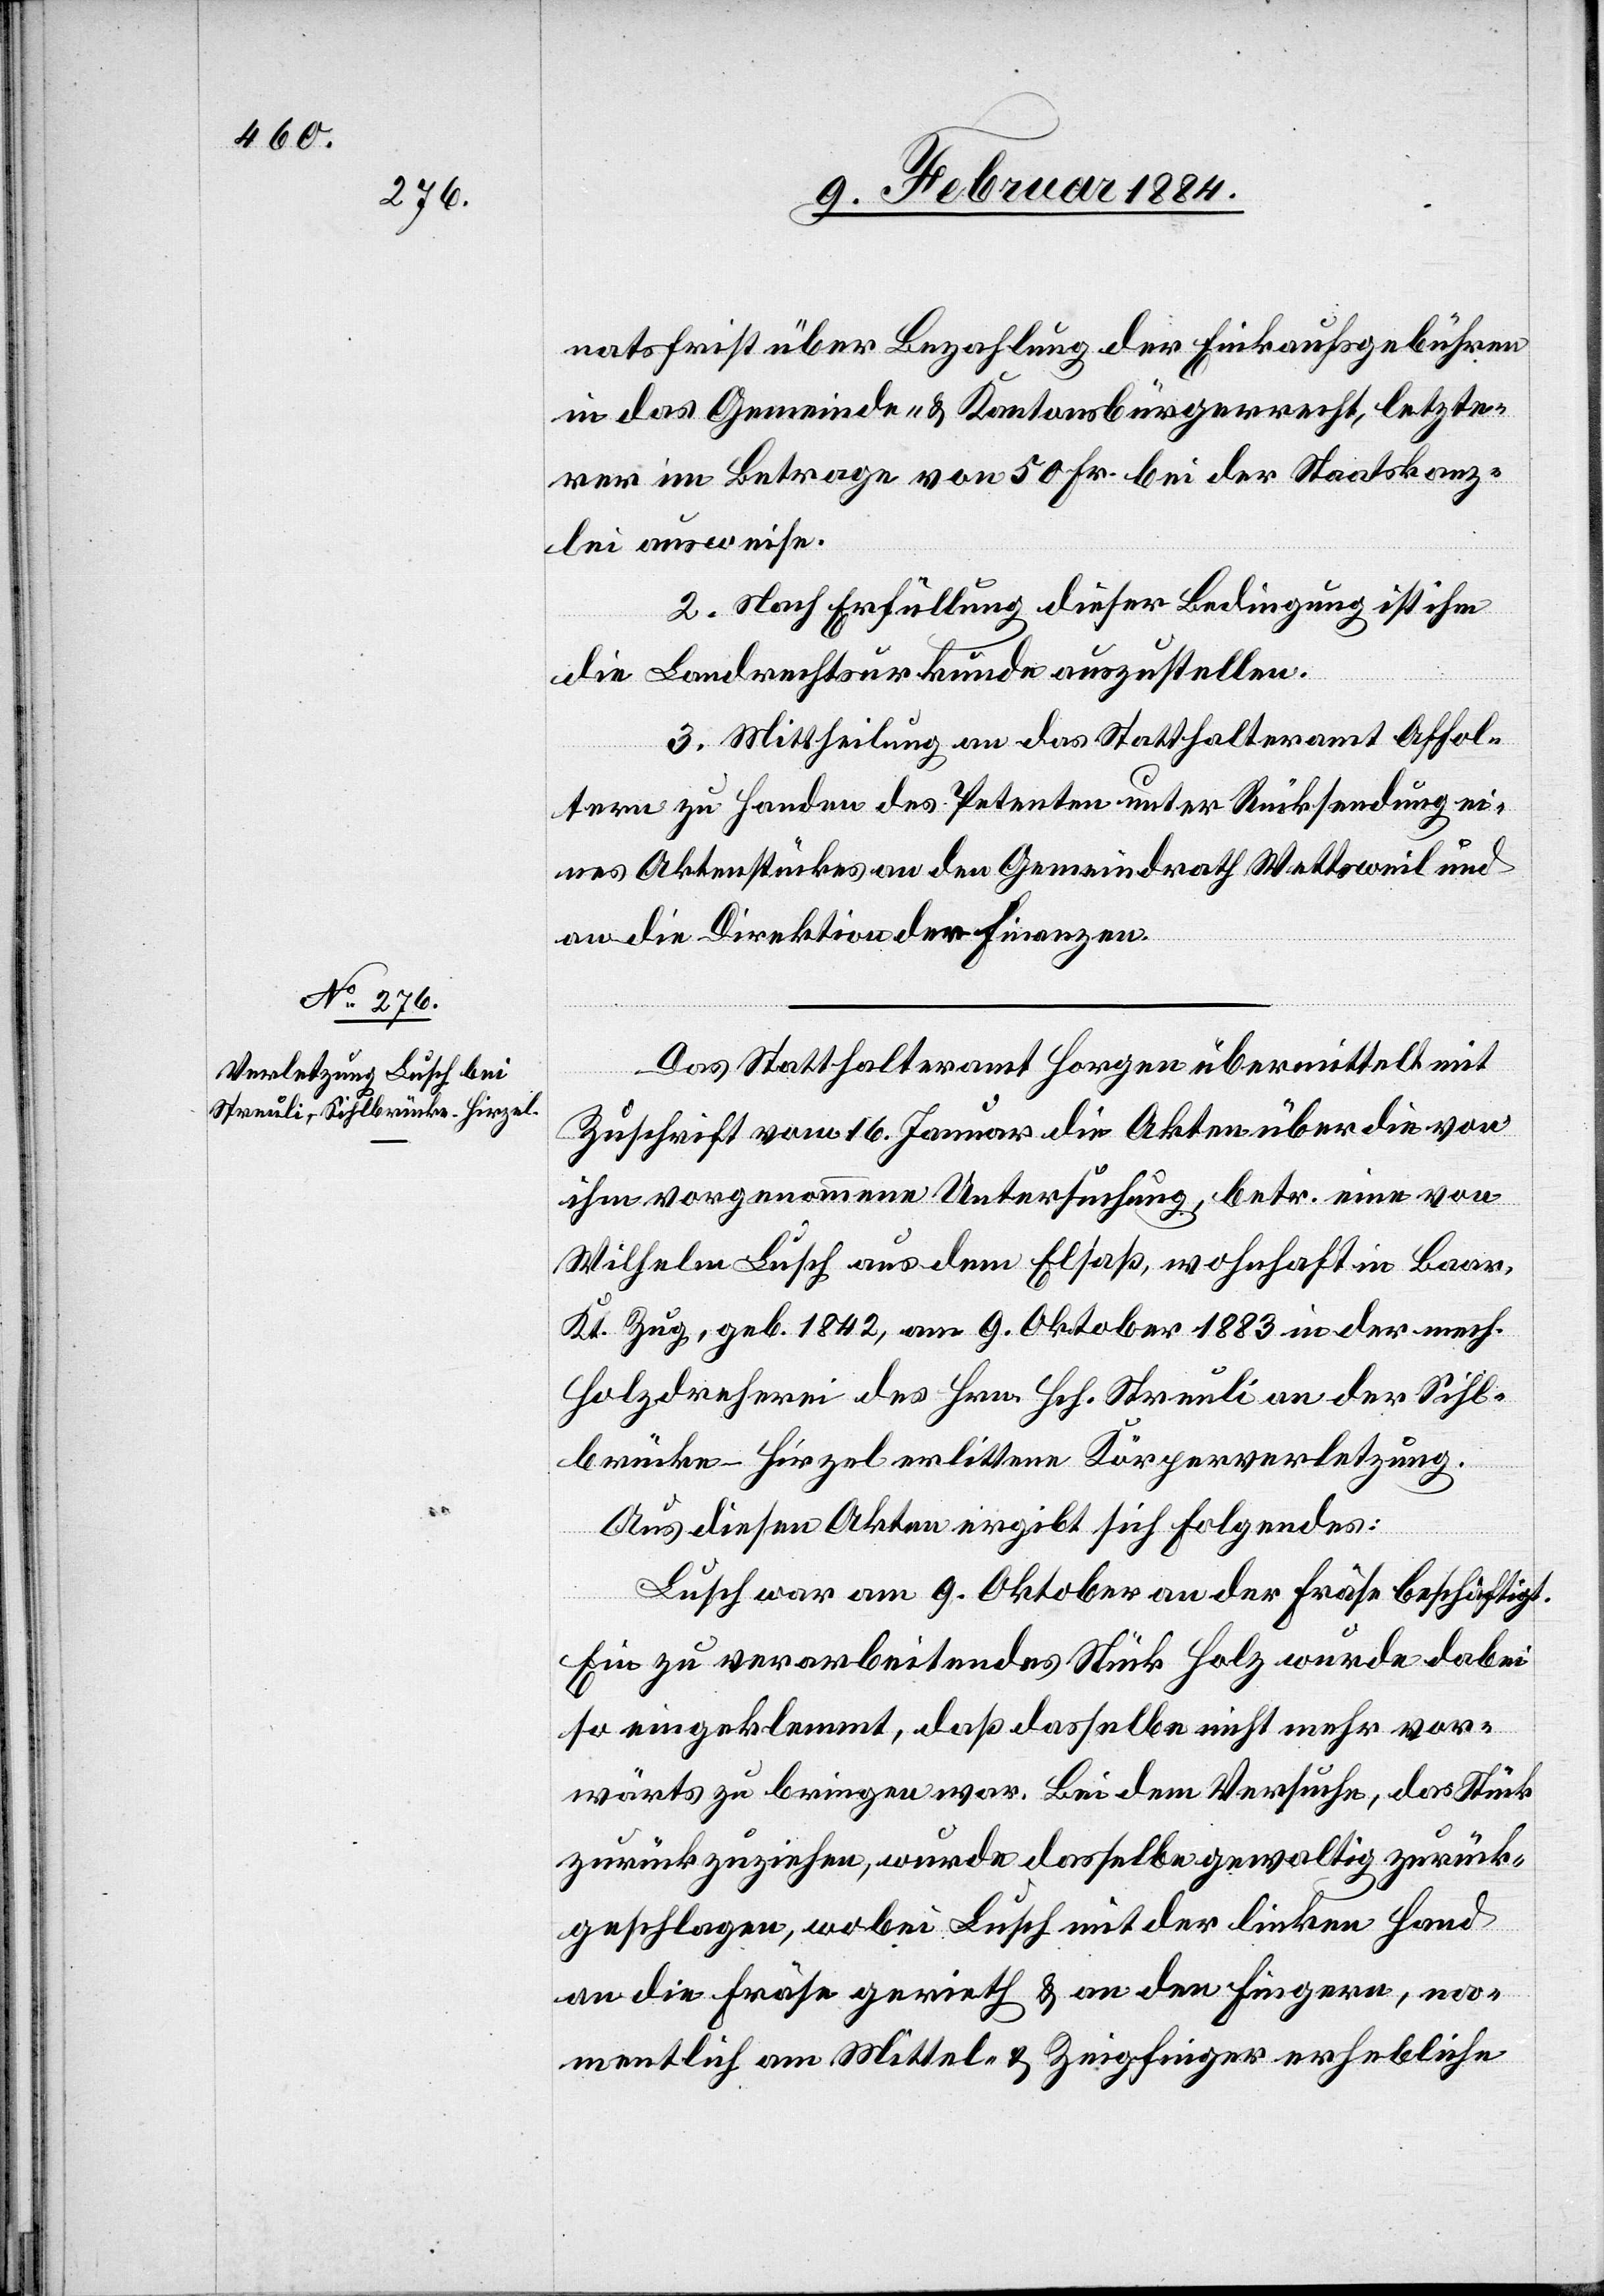
natsfrist über Bezahlung der Einkaufsgebühren
in das Gemeinde- & Kantonsbürgerrecht, letzte¬
rer im Betrage von 50 Fr. bei der Staatskanz¬
lei ausweise.
2. Nach Erfüllung dieser Bedingung ist ihm
die Landrechtsurkunde auszustellen.
3. Mittheilung an das Statthalteramt Affol¬
tern zu Handen des Petenten unter Rücksendung ei¬
nes Aktenstückes an den Gemeindrath Wettsweil und
an die Direktion der Finanzen.
Das Statthalteramt Horgen übermittelt mit
Zuschrift vom 16. Januar die Akten über die von
ihm vorgenommene Untersuchung betr. eine von
Wilhelm Lusch aus dem Elsaß wohnhaft in Baar
Kt. Zug, geb. 1842, am 9. Oktober 1883 in der mech.
Holzdreherei des Hrn. Hch. Streuli an der Sihl¬
brücke - Hirzel erlittene Körperverletzung.
Aus diesen Akten ergibt sich Folgendes:
Lusch war am 9. Oktober an der Fräse beschäftigt.
Ein zu verarbeitendes Stück Holz wurde dabei
so eingeklemmt, daß dasselbe nicht mehr vor¬
wärts zu bringen war. Bei dem Versuche, das Stück
zurückzuziehen, wurde dasselbe gewaltig zurück¬
geschlagen, wobei Lusch mit der linken Hand
an die Fräse gerieth & an den Fingern, na¬
mentlich am Mittel- & Zeigefinger erhebliche